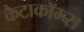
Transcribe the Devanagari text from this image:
कैटाकॉम्ब्स